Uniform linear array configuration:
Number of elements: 4
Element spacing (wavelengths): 1
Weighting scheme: kaiser
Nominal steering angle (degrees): -30
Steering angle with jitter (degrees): -30.28
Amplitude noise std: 0.05
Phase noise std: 0.05

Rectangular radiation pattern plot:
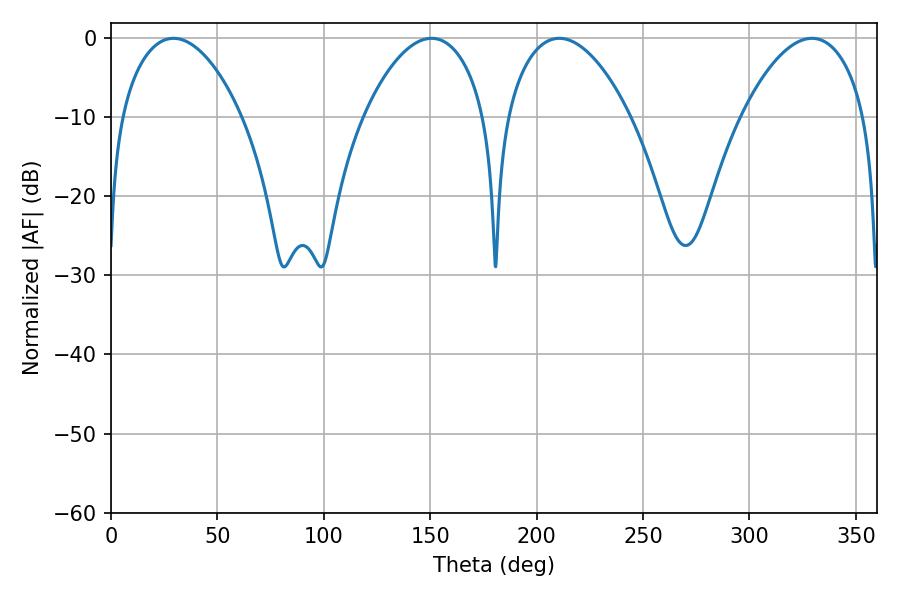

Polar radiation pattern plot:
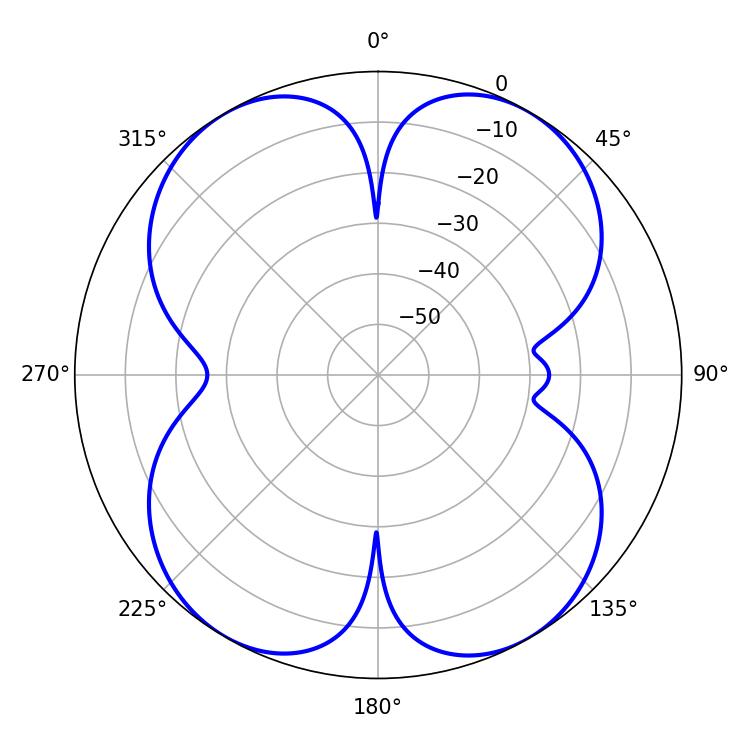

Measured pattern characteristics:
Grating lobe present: TRUE
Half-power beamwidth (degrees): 32.58
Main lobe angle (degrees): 210.6